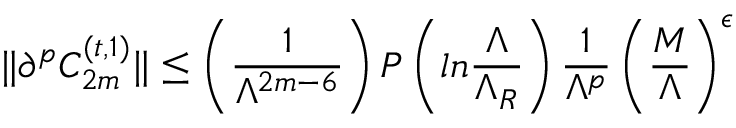
\| \partial ^ { p } C _ { 2 m } ^ { ( t , 1 ) } \| \leq \left( { \frac { 1 } { \Lambda ^ { 2 m - 6 } } } \right) P \left( l n { \frac { \Lambda } { \Lambda _ { R } } } \right) { \frac { 1 } { \Lambda ^ { p } } } \left( { \frac { M } { \Lambda } } \right) ^ { \epsilon }